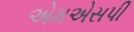
એમએસપી